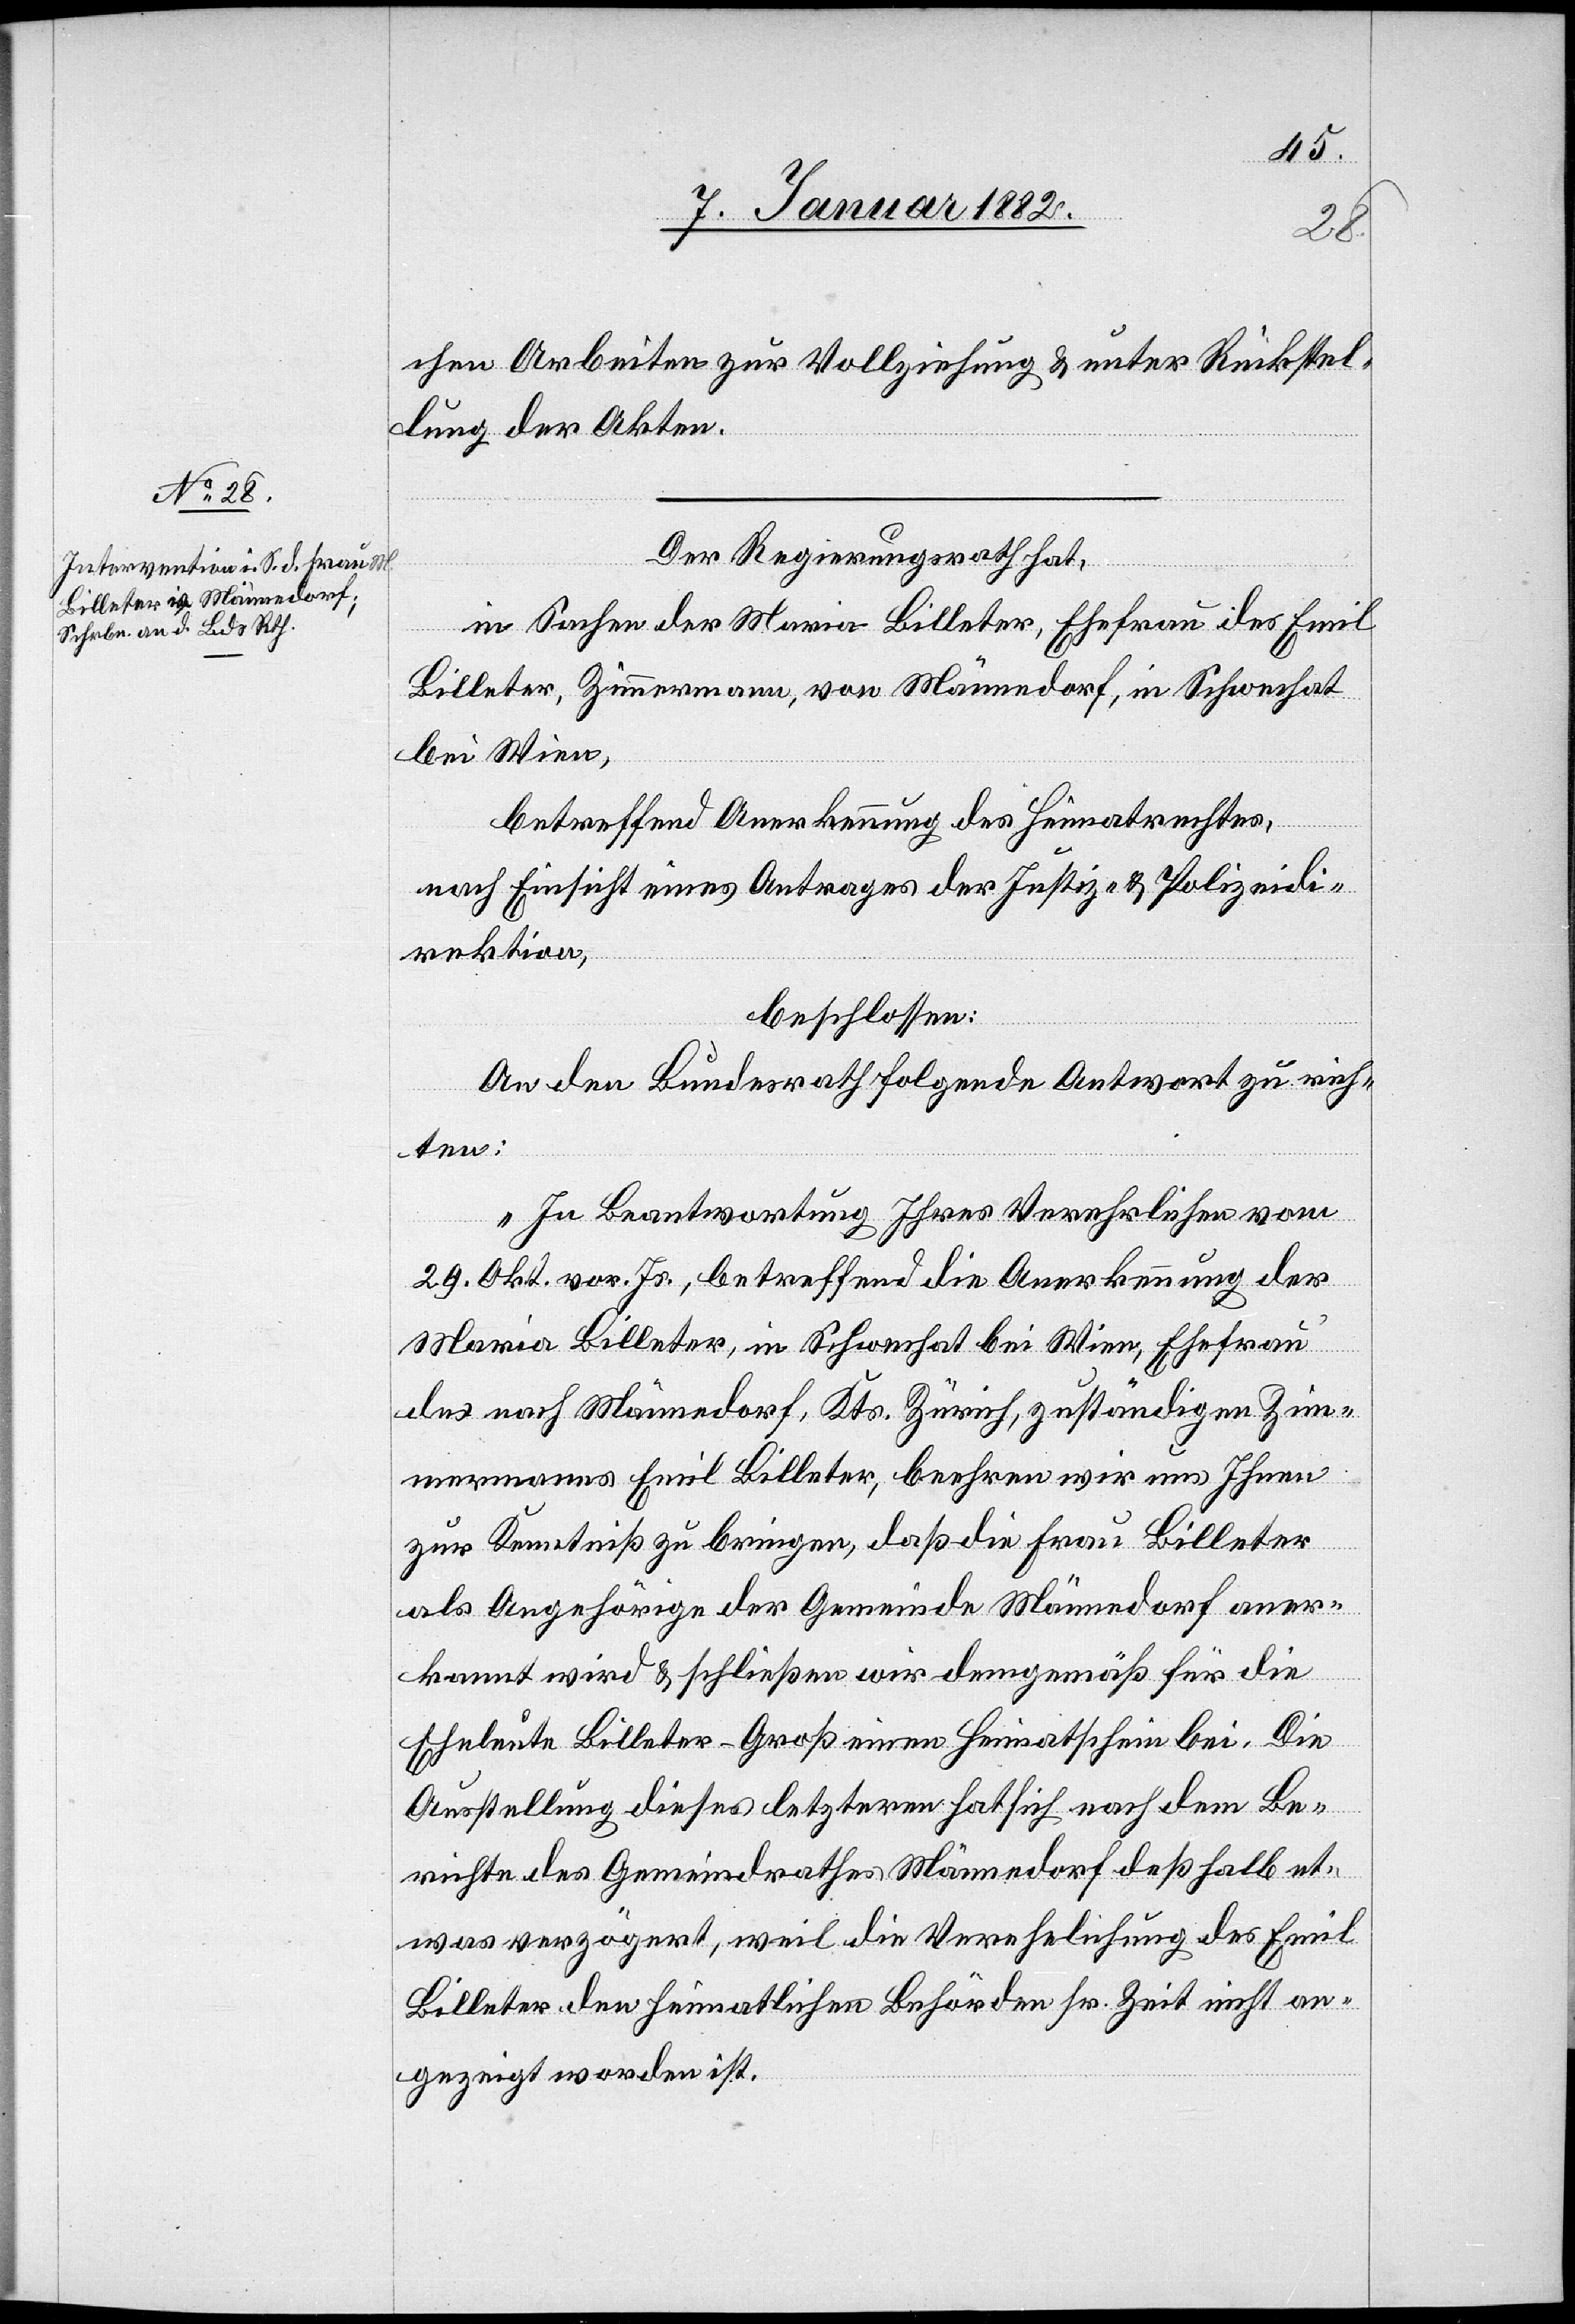
chen Arbeiten zur Vollziehung & unter Rückstel¬
lung der Akten.
Der Regierungsrath hat,
in Sachen der Maria Billeter, Ehefrau des Emil
Billeter, Zimmermann, von Männedorf, in Schwechat
bei Wien,
betreffend Anerkennung des Heimatrechtes,
nach Einsicht eines Antrages der Justiz- & Polizeidi¬
rektion,
beschlossen:
An den Bundesrath folgende Antwort zu rich¬
ten:
„In Beantwortung Ihres Verehrlichen vom
29. Okt. vor. Js., betreffend die Anerkennung der
Maria Billeter, in Schwechat bei Wien, Ehefrau
des nach Männedorf, Kts. Zürich, zuständigen Zim¬
mermanns Emil Billeter, beehren wir uns Ihnen
zur Kenntniß zu bringen, daß die Frau Billeter
als Angehörige der Gemeinde Männedorf anner¬
kannt wird & schließen wir demgemäß für die
Eheleute Billeter-Groß einen Heimatschein bei. Die
Ausstellung dieses letzteren hat sich nach dem Be¬
richte des Gemeindrathes Männedorf deßhalb et¬
was verzögert, weil die Verehelichung des Emil
Billeter den heimatlichen Behörden sr. Zeit nicht an¬
gezeigt worden ist.